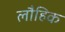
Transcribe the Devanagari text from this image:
लौहिक